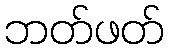
ဘတ်ဖတ်